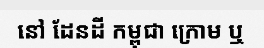
នៅ ដែនដី កម្ពុជា ក្រោម ឬ